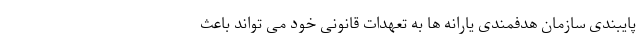
پایبندی سازمان هدفمندی یارانه ها به تعهدات قانونی خود می تواند باعث